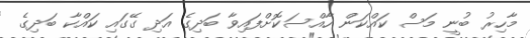
މާހިރު ބުނީ މަސް ކައްކަން ހާއްސަކޮށްފައިވާ ބަދިގެ އަދި ގޭގައި ކައްކާ ބަދިގެ